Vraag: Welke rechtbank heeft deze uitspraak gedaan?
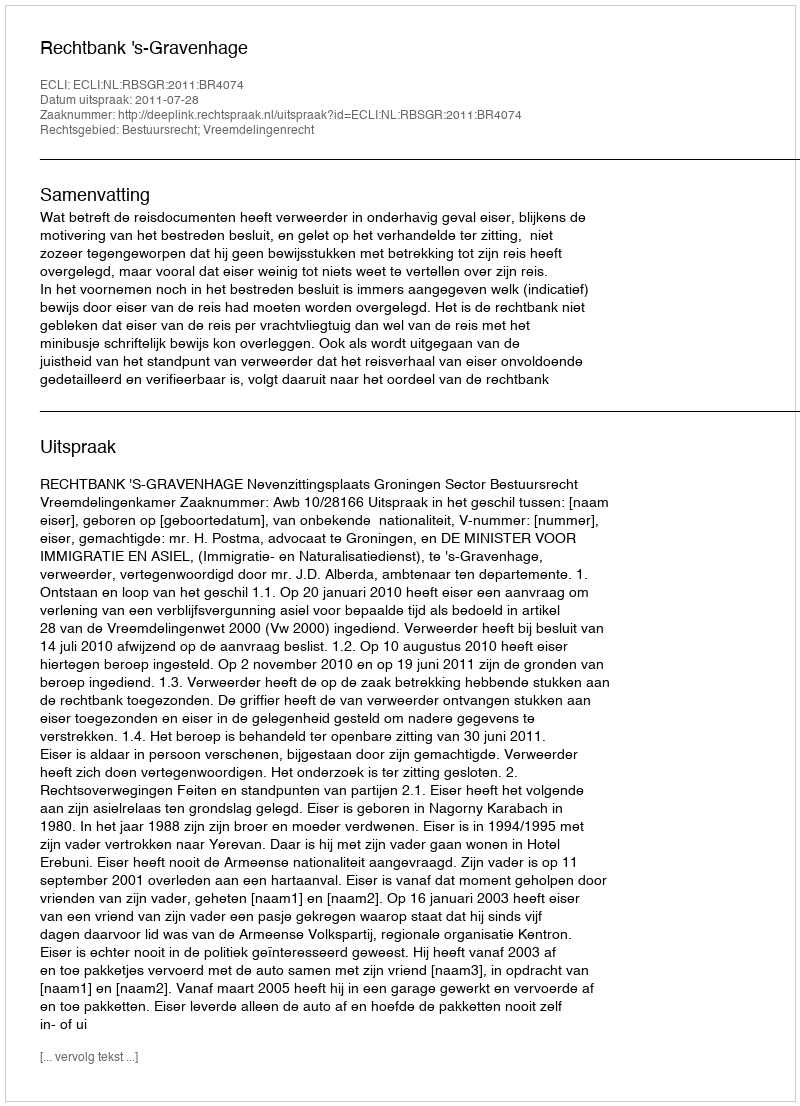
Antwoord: Rechtbank 's-Gravenhage